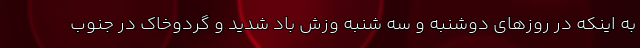
به اینکه در روزهای دوشنبه و سه شنبه وزش باد شدید و گردوخاک در جنوب